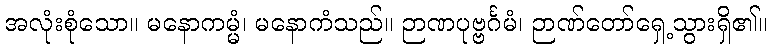
အလုံးစုံသော။ မနောကမ္မံ၊ မနောကံသည်။ ဉာဏပုဗ္ဗင်္ဂမံ၊ ဉာဏ်တော်ရှေ့သွားရှိ၏။